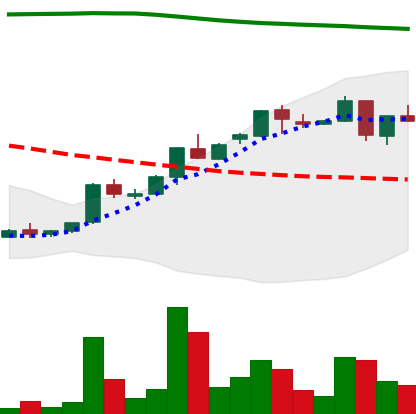
Ticker: ADA-USD
Chart end date: 2018-04-27
Forward return: 29.093%
Label: up_7plus